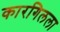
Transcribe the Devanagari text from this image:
कारगिलला